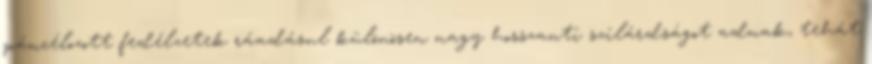
páncélozott fedélzetek ráadásul különösen nagy hosszanti szilárdságot adnak, tehát